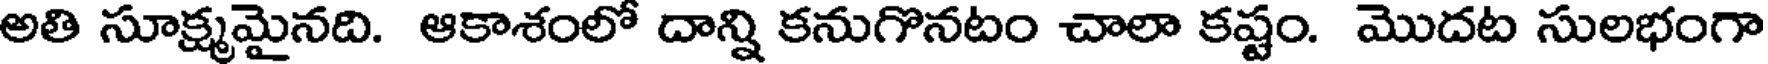
అతి సూక్ష్మమైనది. ఆకాశంలో దాన్ని కనుగొనటం చాలా కష్టం. మొదట సులభంగా